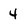
Character: 4